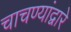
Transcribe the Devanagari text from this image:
चाचण्यांद्वारे